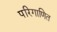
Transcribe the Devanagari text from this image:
परिगाणित